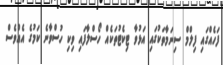
ފަހެއްގައި ފިލްމް ސިނަމާތަކުގައި އަޅުވާ ޓިކެޓުތަކެއް ހޯސްލާފައި ވިކި ހުސްވާނެ ކަމުގެ އެއްވެސް